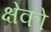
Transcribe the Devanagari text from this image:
क्षेको